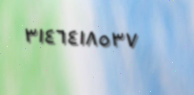
٣١٤٦٤١٨٥٣٧